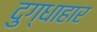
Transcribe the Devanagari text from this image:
दुग्धाहार